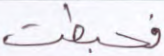
فحبطت